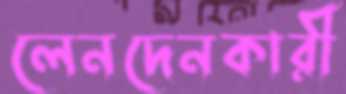
লেনদেনকারী